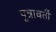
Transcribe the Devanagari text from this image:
पून्रावर्ती